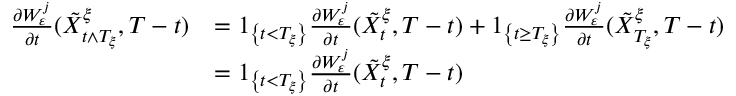
\begin{array} { r l } { \frac { \partial W _ { \varepsilon } ^ { j } } { \partial t } ( \tilde { X } _ { t \wedge T _ { \xi } } ^ { \xi } , T - t ) } & { = 1 _ { \left\{ t < T _ { \xi } \right\} } \frac { \partial W _ { \varepsilon } ^ { j } } { \partial t } ( \tilde { X } _ { t } ^ { \xi } , T - t ) + 1 _ { \left\{ t \geq T _ { \xi } \right\} } \frac { \partial W _ { \varepsilon } ^ { j } } { \partial t } ( \tilde { X } _ { T _ { \xi } } ^ { \xi } , T - t ) } \\ & { = 1 _ { \left\{ t < T _ { \xi } \right\} } \frac { \partial W _ { \varepsilon } ^ { j } } { \partial t } ( \tilde { X } _ { t } ^ { \xi } , T - t ) } \end{array}